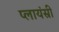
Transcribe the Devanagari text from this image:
प्लायंस्री